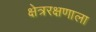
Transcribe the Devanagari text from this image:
क्षेत्ररक्षणाला